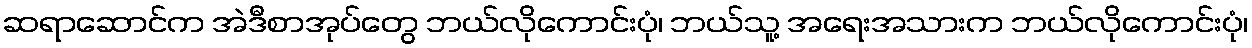
ဆရာဆောင်က အဲဒီစာအုပ်တွေ ဘယ်လိုကောင်းပုံ၊ ဘယ်သူ့ အရေးအသားက ဘယ်လိုကောင်းပုံ၊